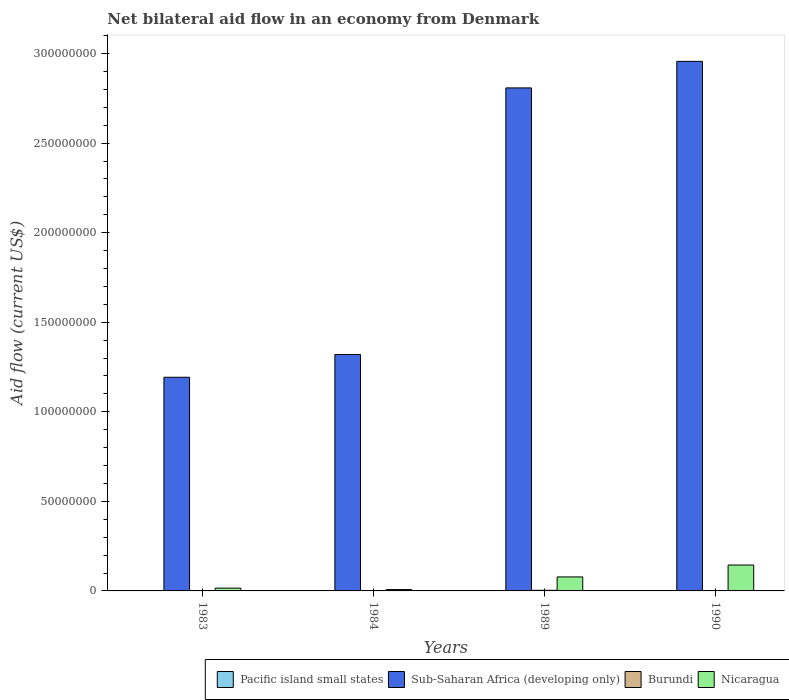
| Years | Pacific island small states | Sub-Saharan Africa (developing only) | Burundi | Nicaragua |
 | --- | --- | --- | --- | --- |
 | 1983 | 1.3e+05 | 1.19e+08 | 6e+04 | 1.57e+06 |
 | 1984 | 5e+04 | 1.32e+08 | 5e+04 | 7.5e+05 |
 | 1989 | 4e+04 | 2.81e+08 | 3.4e+05 | 7.81e+06 |
 | 1990 | 4e+04 | 2.96e+08 | 3e+04 | 1.45e+07 |